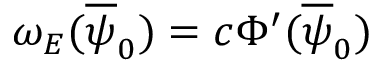
\omega _ { E } ( \overline { { \psi } } _ { 0 } ) = c \Phi ^ { \prime } ( \overline { { \psi } } _ { 0 } )